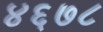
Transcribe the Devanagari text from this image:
४६७८